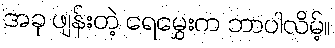
အခု ဖျန်းတဲ့ ရေမွှေးက ဘာပါလိမ့်။